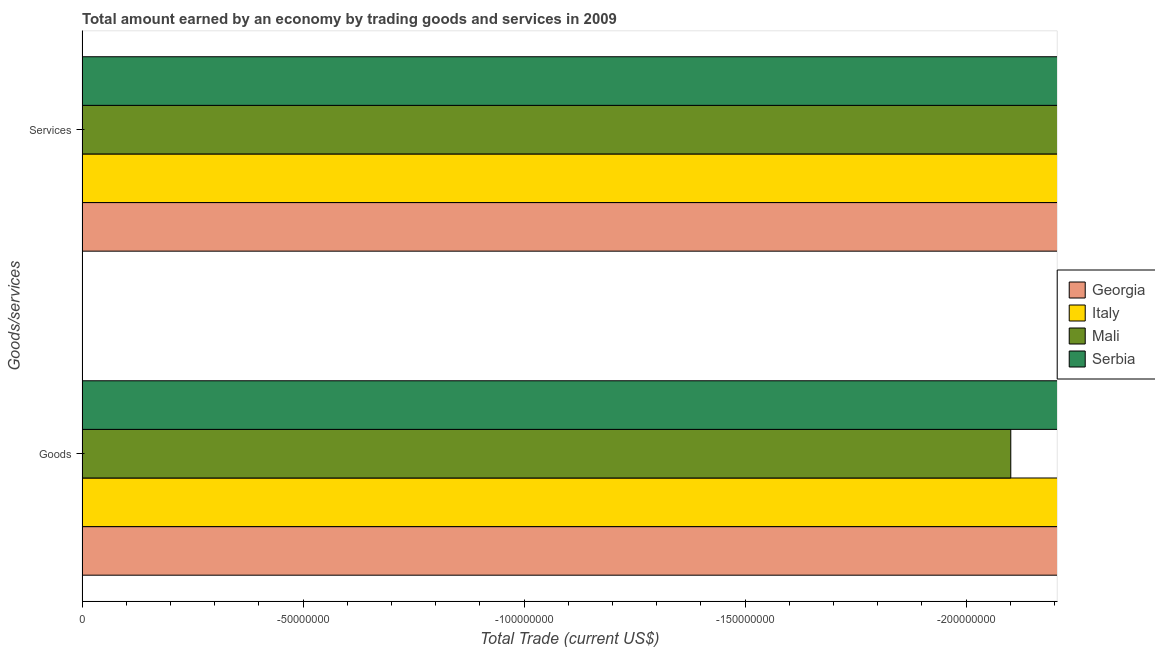
| Goods/services | Georgia | Italy | Mali | Serbia |
 | --- | --- | --- | --- | --- |
 | Goods | -2.42e+09 | -3.28e+08 | -2.1e+08 | -7.13e+09 |
 | Services | -2.07e+09 | -1.26e+10 | -6.84e+08 | -7.1e+09 |